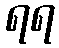
ရရ